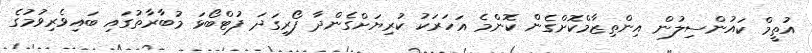
އުތީމް ކައުންސިލުން އިންތިޒާމްކޮށްގެން ކޮންމެ އަހަރަކު ކުރިޔަށްގެންދާ ފޯރިގަދަ ފުޓްބޯޅަ މުބާރާތުގައި ބައިވެރިވުމުގެ